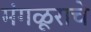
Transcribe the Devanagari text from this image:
मंगळूराचे